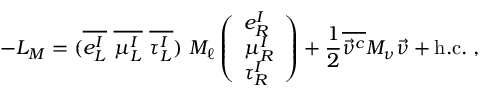
- { \cal L } _ { M } = ( \overline { { { e _ { L } ^ { I } } } } \ \overline { { { \mu _ { L } ^ { I } } } } \ \overline { { { \tau _ { L } ^ { I } } } } ) \ M _ { \ell } \left( \begin{array} { l } { { e _ { R } ^ { I } } } \\ { { \mu _ { R } ^ { I } } } \\ { { \tau _ { R } ^ { I } } } \end{array} \right) + \frac { 1 } { 2 } \overline { { { \vec { \nu } ^ { c } } } } M _ { \nu } \vec { \nu } + \mathrm { h . c . } \; ,